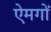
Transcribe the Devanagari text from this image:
ऐमगों